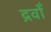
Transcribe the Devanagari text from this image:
द्रवोँ